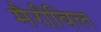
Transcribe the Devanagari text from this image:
मैरीविल